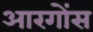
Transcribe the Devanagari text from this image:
आरगोंस